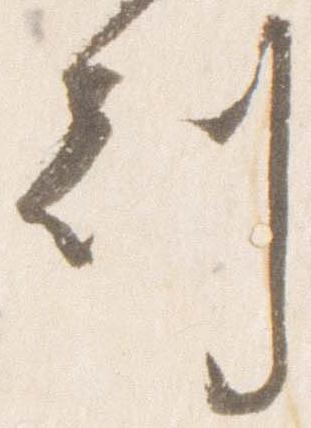
刻